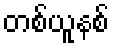
တစ်ယူနစ်